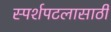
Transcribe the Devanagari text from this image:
स्पर्शपटलासाठी